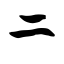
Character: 二